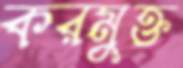
করমুক্ত